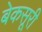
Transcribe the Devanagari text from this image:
बेकसूरी